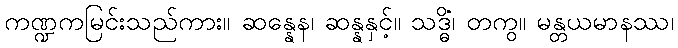
ကဏ္ဍကမြင်းသည်ကား။ ဆန္နေန၊ ဆန္နနှင့်။ သဒ္ဓိံ၊ တကွ။ မန္တယမာနဿ၊